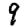
Digit: 9